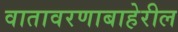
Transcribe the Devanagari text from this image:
वातावरणाबाहेरील